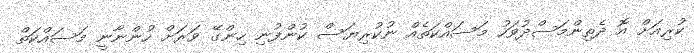
ކުރިއަށް އޮ ދެތިންމަސްދުވަހު މަސައްކަތެއް ނުކުރިޔަސް ކުންފުނި ހިންގޭ ވަރަށް ހުންނާނީ މަސައްކަތް